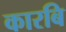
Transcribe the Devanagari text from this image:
कारबि